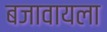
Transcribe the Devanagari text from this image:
बजावायला